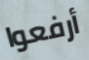
أرفعوا